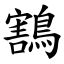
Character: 鶷